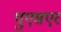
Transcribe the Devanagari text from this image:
युएसएर